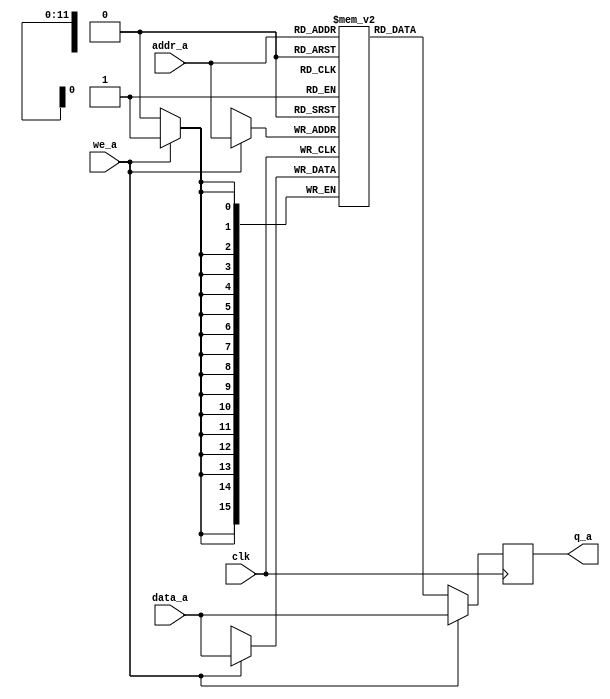
module spsram
    #(parameter SIZE=4096,
    parameter DATA_WIDTH=16,
    parameter ADDR_WIDTH=$clog2(SIZE),
    parameter ENABLE_INIT = 0,
    parameter INIT_FILE="")

    (input                          clk,
    input[ADDR_WIDTH - 1:0]         addr_a,
    output reg[DATA_WIDTH - 1:0]    q_a,
    input                           we_a,
    input[DATA_WIDTH - 1:0]         data_a);

    reg[DATA_WIDTH - 1:0] data[0:SIZE - 1];
    integer i;
    
    initial
    begin
        for (i = 0; i < SIZE; i = i + 1)
            data[i] = 0;

        q_a = 0;

        if (ENABLE_INIT)
            $readmemh(INIT_FILE, data);
    end

    // Port A
    always @(posedge clk)
    begin
        if (we_a)
        begin
            data[addr_a] <= data_a;     
            q_a <= data_a;
        end
        else
            q_a <= data[addr_a];
    end
endmodule